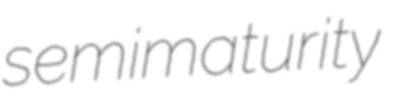
semimaturity